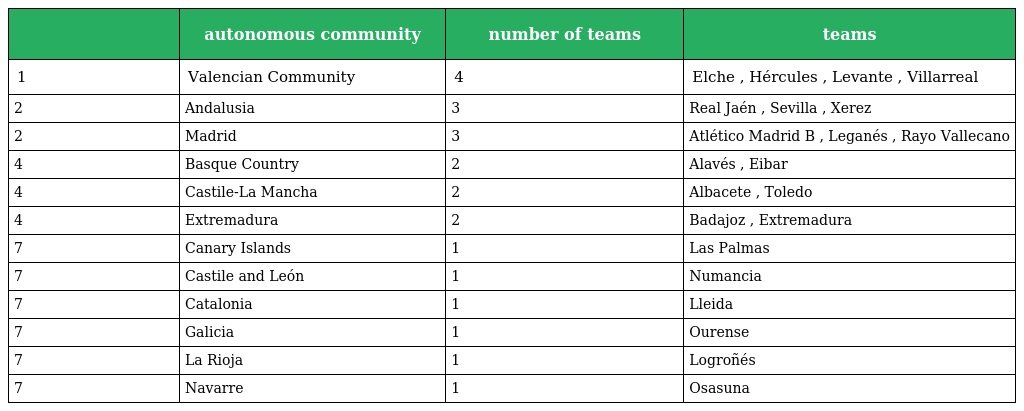
|  | autonomous community | number of teams | teams |
 | --- | --- | --- | --- |
 | 1 | Valencian Community | 4 | Elche , Hércules , Levante , Villarreal |
 | 2 | Andalusia | 3 | Real Jaén , Sevilla , Xerez |
 | 2 | Madrid | 3 | Atlético Madrid B , Leganés , Rayo Vallecano |
 | 4 | Basque Country | 2 | Alavés , Eibar |
 | 4 | Castile-La Mancha | 2 | Albacete , Toledo |
 | 4 | Extremadura | 2 | Badajoz , Extremadura |
 | 7 | Canary Islands | 1 | Las Palmas |
 | 7 | Castile and León | 1 | Numancia |
 | 7 | Catalonia | 1 | Lleida |
 | 7 | Galicia | 1 | Ourense |
 | 7 | La Rioja | 1 | Logroñés |
 | 7 | Navarre | 1 | Osasuna |